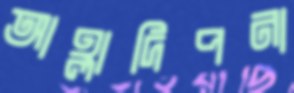
আহ্লাদিপনা